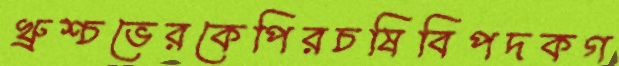
খ্রুশ্চভেরকেপিরচষিবিপদকগ